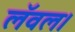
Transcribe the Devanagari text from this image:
लॅवल।